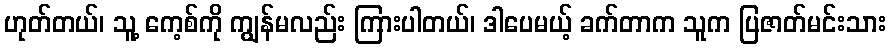
ဟုတ်တယ်၊ သူ့ ကေ့စ်ကို ကျွန်မလည်း ကြားပါတယ်၊ ဒါပေမယ့် ခက်တာက သူက ပြဇာတ်မင်းသား